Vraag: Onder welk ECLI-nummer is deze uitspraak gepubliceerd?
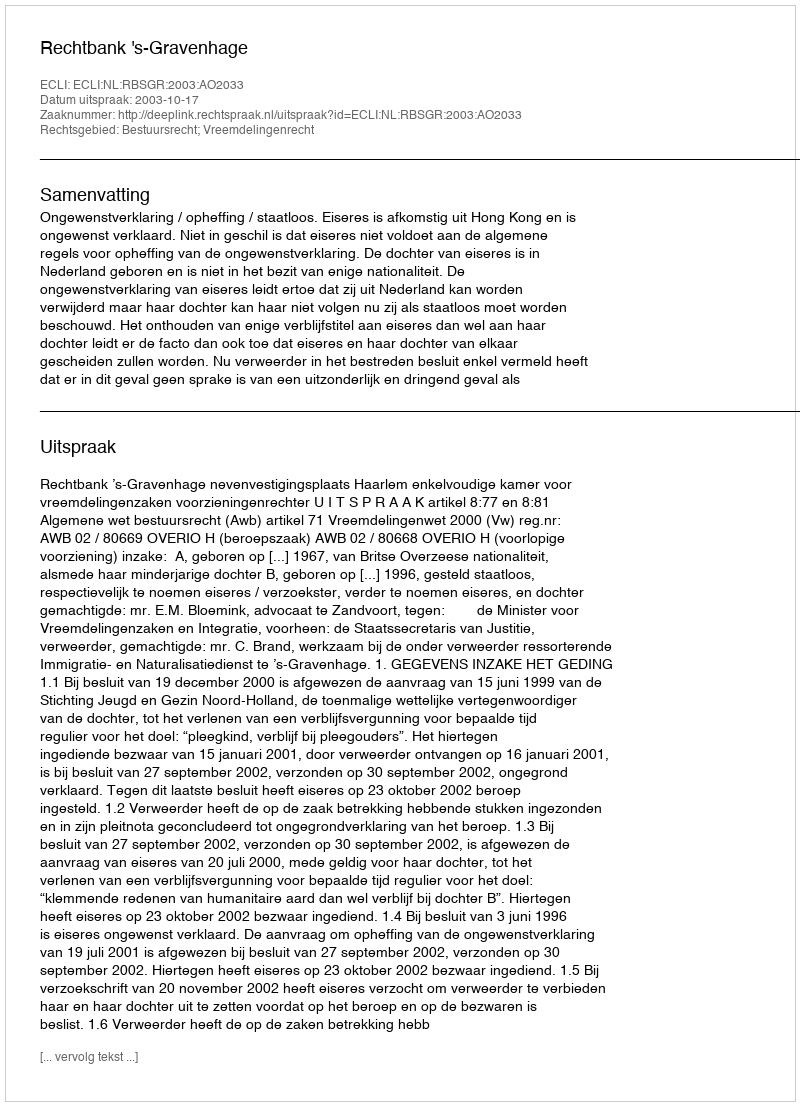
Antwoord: ECLI:NL:RBSGR:2003:AO2033